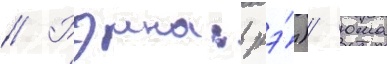
// Рэина: рэ́)/ юма